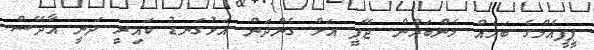
ޕީޕީއެމްގެ ބައެއް މެންބަރުން ޖޭޕީ އަށް ގެންދަން އަޅުގަނޑު ކައިރީ ދަނީ އާދޭސް